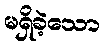
မရှိခဲ့သော